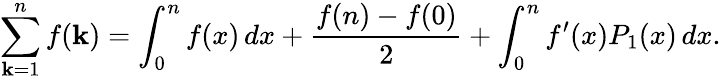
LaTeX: \sum_{\mathbf{k}=1}^{n}f(\mathbf{k})=\int_{0}^{n}f(x)\, dx+{\frac{{f(n)-f(0)}}{{2}}}+\int_{0}^{n}f^{\prime}(x)P_{1}(x)\, dx.